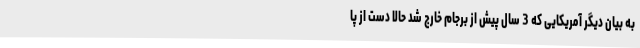
به بیان دیگر آمریکایی که 3 سال پیش از برجام خارج شد حالا دست از پا